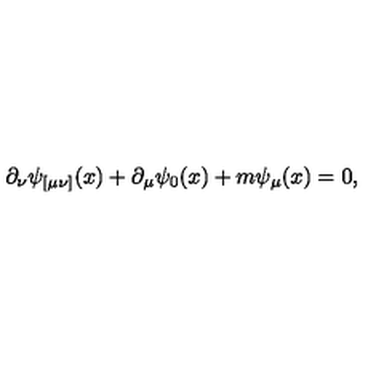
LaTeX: \partial _ { \nu } \psi _ { [ \mu \nu ] } ( x ) + \partial _ { \mu } \psi _ { 0 } ( x ) + m \psi _ { \mu } ( x ) = 0 ,